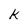
Character: K